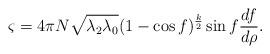
LaTeX: \begin{align*}\varsigma =4\pi N\sqrt{\lambda_2\lambda_0} (1-\cos f)^{\frac{k}{2}} \sin f\frac{df}{d\rho} .\end{align*}